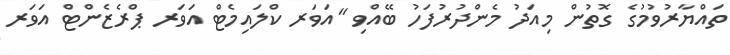
ތައްޔާރުވުމުގެ ގޮތުން މިއަދު މެންދުރުފަހު ބޭއްވި "އަވަރ ކްލައިމެޓް އަވަރ ޕްރެޒެންޓް އަވަރ